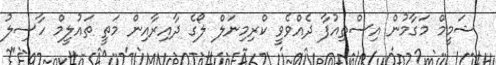
ޝަމީމް މަގާމުން އިސްތިއުފާ ދެއްވެވީ ކްރިމިނަލް ލޯގެ ދާއިރާއިން މަތީ ތައުލީމް ހާސިލު